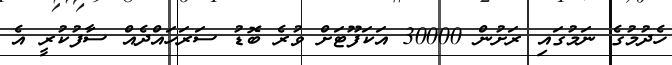
ހެދުމުގެ ނަމުގައި ރަށުން 30000 އަކަފޫޓަށް ވުރެ ބޮޑު ސަރަހައްދެއް ސާފުކުރީ އެ